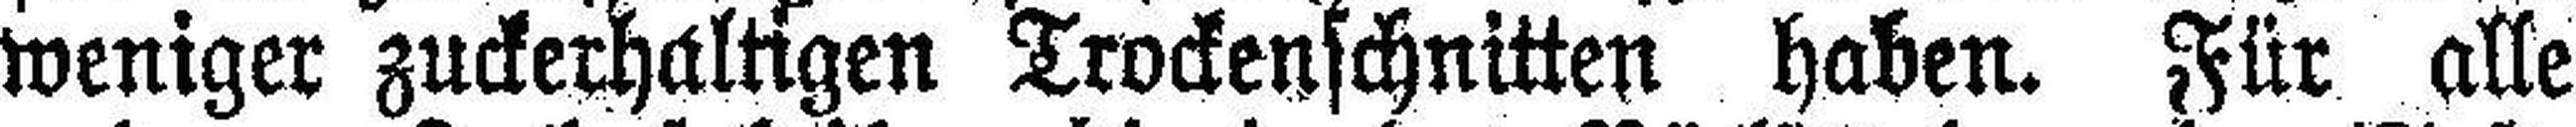
weniger zuckerhaltigen Trockenschnitten haben. Für alle